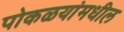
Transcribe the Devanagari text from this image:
पोकळयांमधील